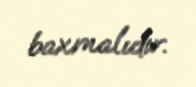
baxmalıdır.